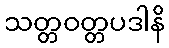
သတ္တဝတ္တပဒါနိ